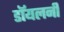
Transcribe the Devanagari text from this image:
डॉयलनी